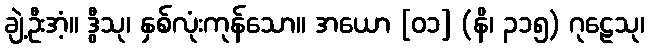
ချဲ့ဦးအံ့။ ဒွီသု၊ နှစ်လုံးကုန်သော။ အယော [၀၁] (နိ၊ ၃၁၅) ဂုဠေသု၊